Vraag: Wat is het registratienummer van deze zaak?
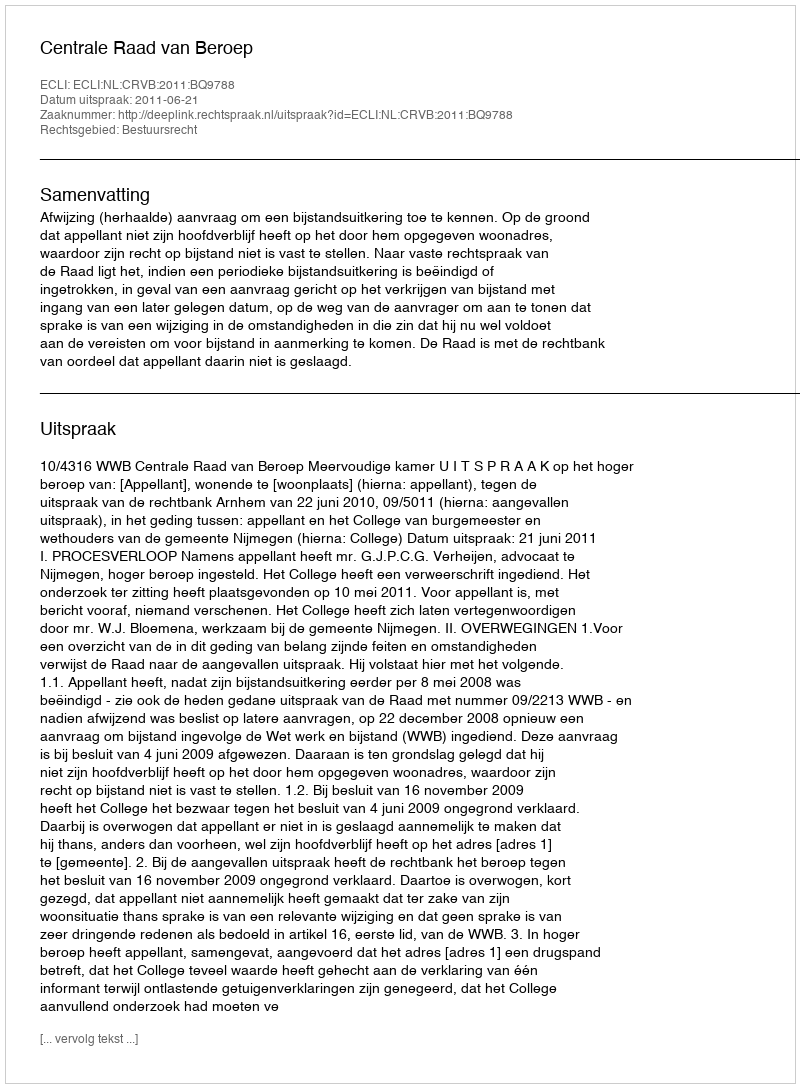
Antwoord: http://deeplink.rechtspraak.nl/uitspraak?id=ECLI:NL:CRVB:2011:BQ9788